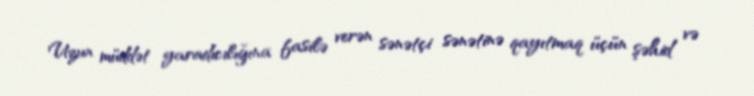
Uzun müddət yaradıcılığına fasilə verən sənətçi sənətinə qayıtmaq üçün şəhid və